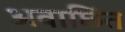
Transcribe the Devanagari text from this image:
अवाछिंत